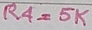
Text: R4=5K